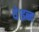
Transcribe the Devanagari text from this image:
थे।इब्न